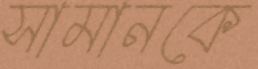
সামানকে